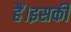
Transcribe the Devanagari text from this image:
हैं।इसकी